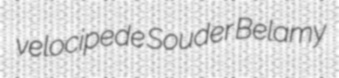
velocipede Souder Belamy